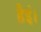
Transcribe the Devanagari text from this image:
हैइं।